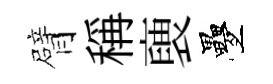
臂稱褏疊